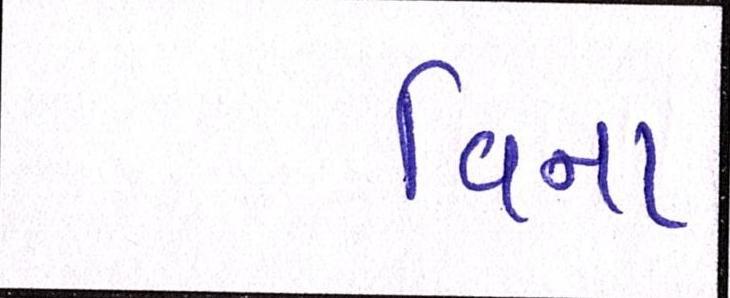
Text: વિના